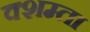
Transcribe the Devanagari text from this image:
क्शम्ता